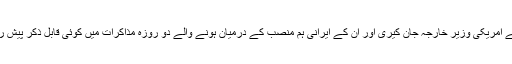
اس سے قبل رواں ہفتے امریکی وزیر خارجہ جان کیری اور ان کے ایرانی ہم منصب کے درمیان ہونے والے دو روزہ مذاکرات میں کوئی قابل ذکر پیش رفت نہیں ہوسکی تھی۔